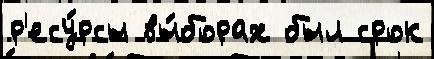
р'есу́рсы вы́борах был срок